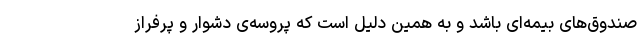
صندوق‌های بیمه‌ای باشد و به همین دلیل است که پروسه‌ی دشوار و پرفراز